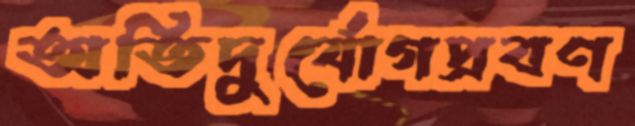
অতিদুর্যোগপ্রবণ